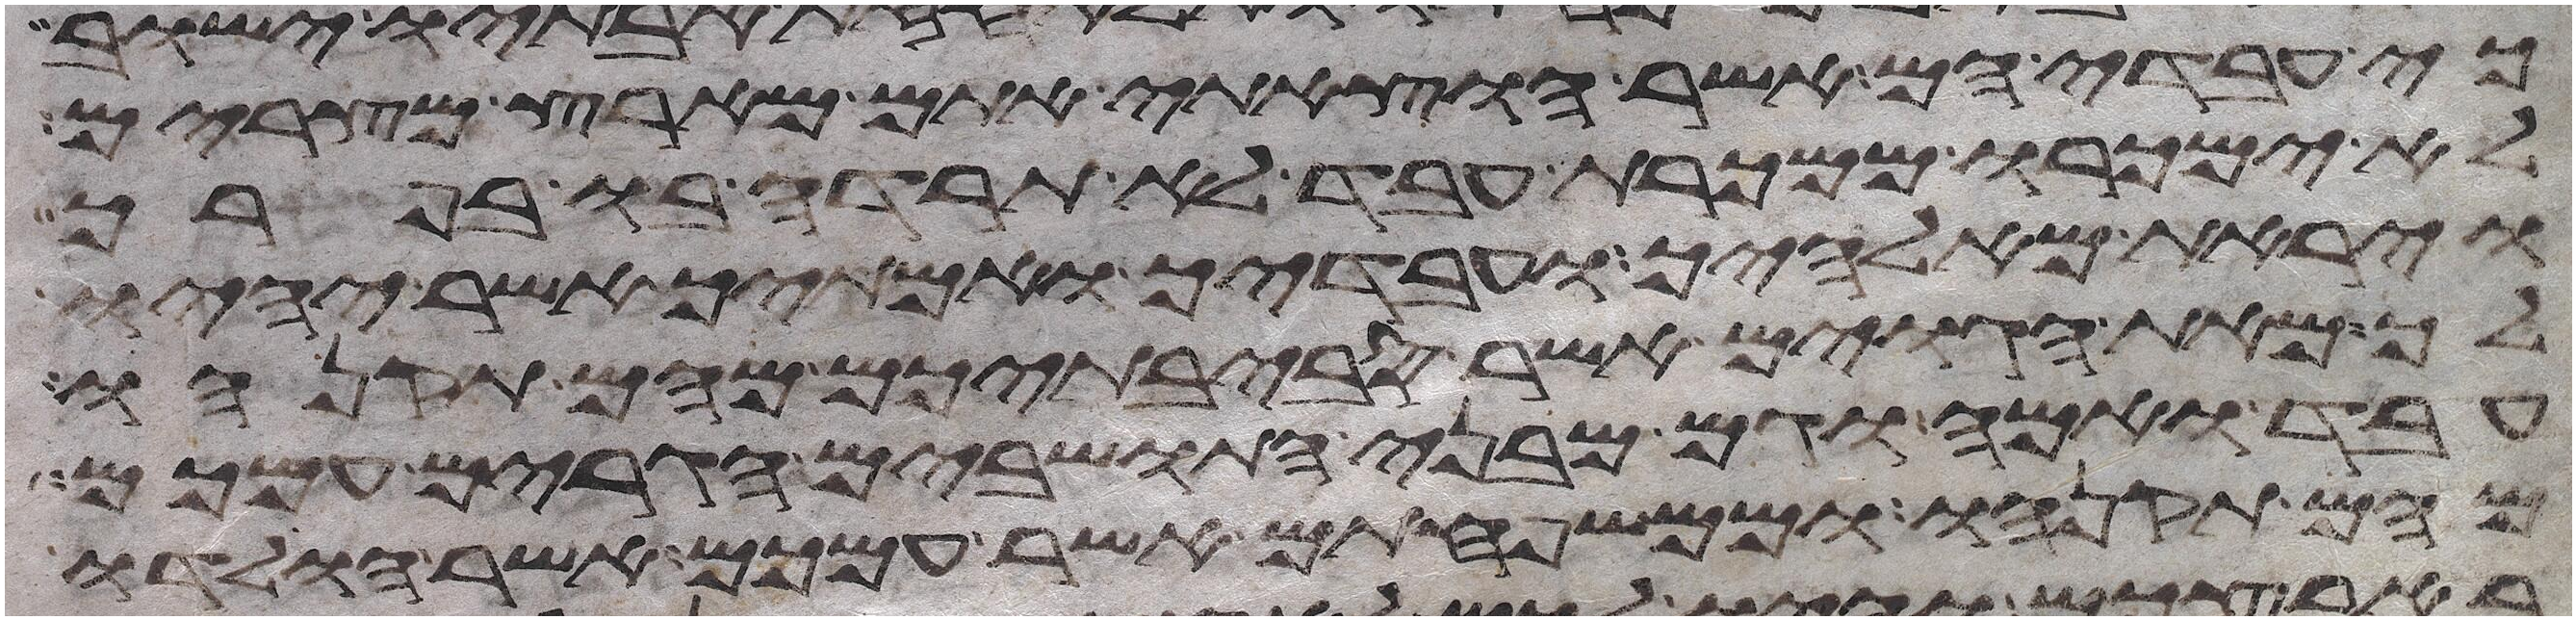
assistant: כי עבדיהם אשר הוצאתי אתם מארץ מצרים
לא ימכרו ממכרת עבד לא תרדה בו בפרך
ויראת מאלהיך ועבדיך ואמתיך אשר יהיו
לך מאת הגוים אשר סביבתיכם מהם תקנהו
עבד ואמה וגם מבני התושבים הגרים עמכם
מהם תקנהו וממשפחתם אשר עמכם אשר הולדו